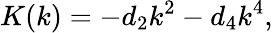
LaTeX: K(k)=-d_{2}k^{2}-d_{4}k^{4},